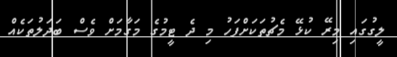
ލީގުގައި މިރޭ ކުޅޭ މެޗުތަކަށްފަހު މި ދެ ޓީމުގެ މަގާމަށް ވެސް ބަދަލުތަކެއް